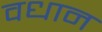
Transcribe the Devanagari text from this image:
वधान